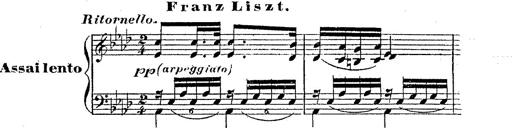
Title: 12 Lieder von Franz Schubert
Composer: Franz Liszt